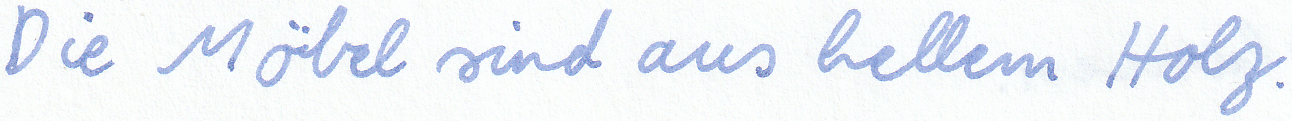
Die Möbel sind aus hellem Holz.